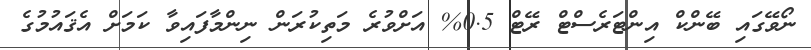
ނޯވޭގައި ބޭންކް އިންޓަރެސްޓް ރޭޓް 0.5% އަށްވުރެ މަތިކުރަން ނިންމާފައިވާ ކަމަށް އެޤައުމުގެ